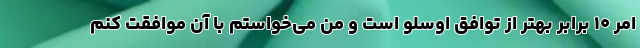
امر ۱۰ برابر بهتر از توافق اوسلو است و من می‌خواستم با آن موافقت کنم